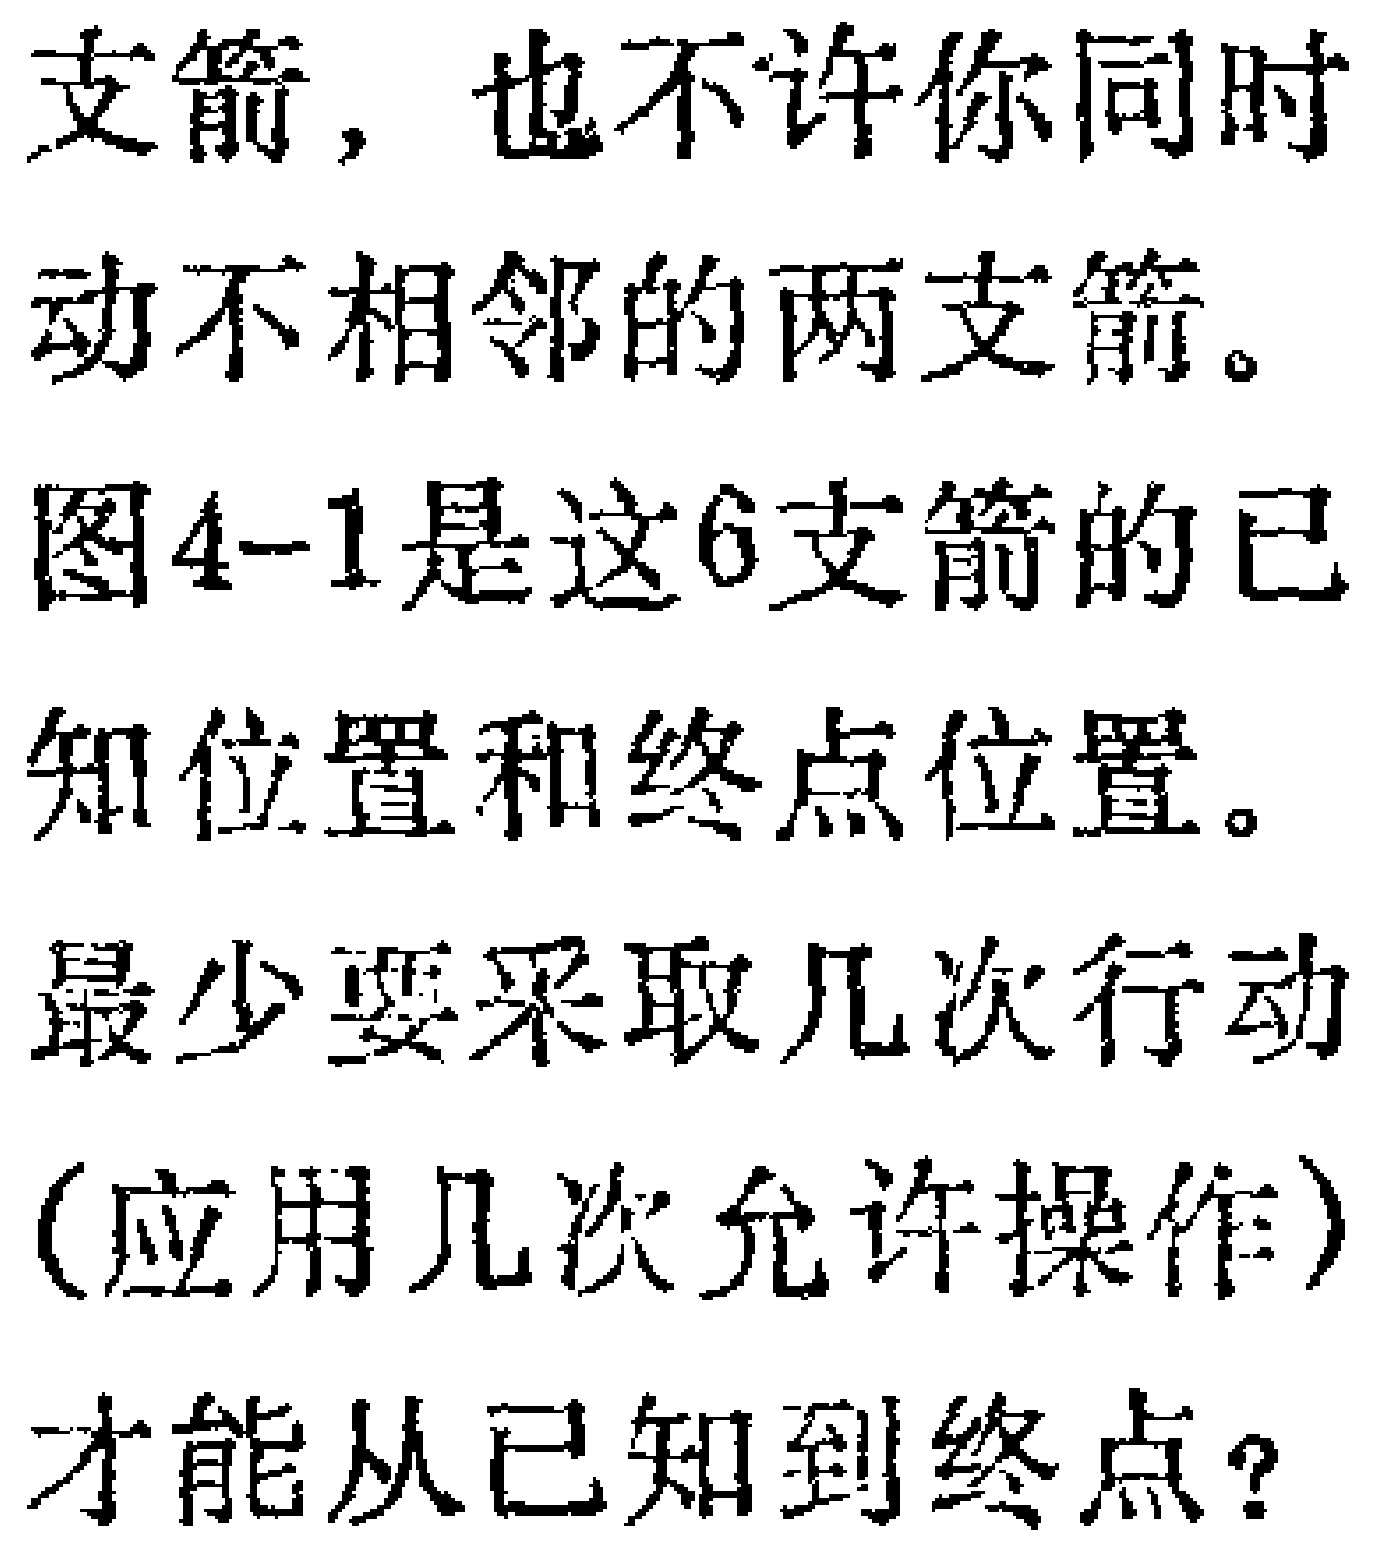
支箭，也不许你同时
动不相邻的两支箭。
图4-1是这6支箭的已
知位置和终点位置。
最少要采取几次行动
(应用几次允许操作)
才能从已知到终点?